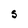
Character: S